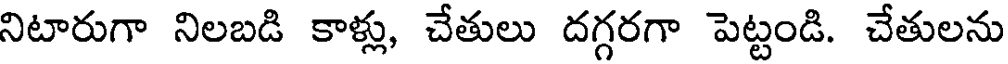
నిటారుగా నిలబడి కాళ్లు, చేతులు దగ్గరగా పెట్టండి. చేతులను